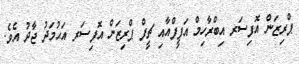
ޕްރިޒަން އޮފިސަރ އިބްރާހިމް އަފީފްއާއި ޗީފް ޕްރިޒަން އޮފިސަރ އަޙުމަދު ޖާދު އެވެ.